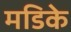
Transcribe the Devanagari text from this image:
मडिके